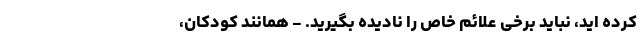
کرده اید، نباید برخی علائم خاص را نادیده بگیرید. - همانند کودکان،